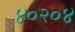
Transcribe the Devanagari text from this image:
४०२०४